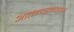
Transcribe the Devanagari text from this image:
आत्मपरकताओं